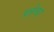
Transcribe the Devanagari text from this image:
पलेचर